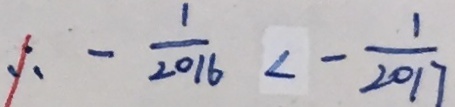
\therefore - \frac { 1 } { 2 0 1 6 } < - \frac { 1 } { 2 0 1 7 }